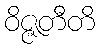
ဝိဇ္ဇတီတိ